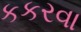
કકરવા